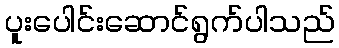
ပူးပေါင်းဆောင်ရွက်ပါသည်